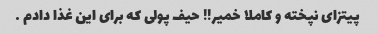
پیتزای نپخته و کاملا خمیر!! حیف پولی که برای این غذا دادم …